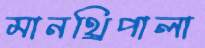
মানথ্রিপালা